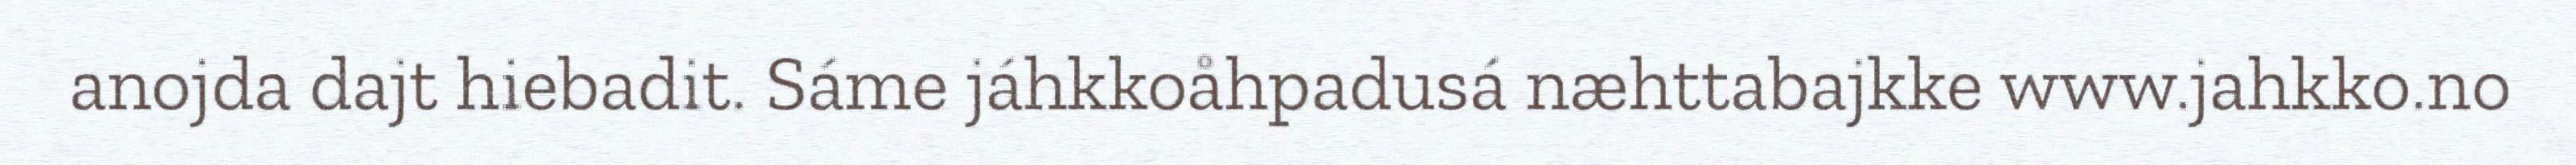
anojda dajt hiebadit. Sáme jáhkkoåhpadusá næhttabajkke www.jahkko.no